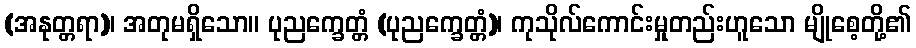
(အနုတ္တရာ)၊ အတုမရှိသော။ ပုညက္ခေတ္တံ (ပုညက္ခေတ္တံ)၊ ကုသိုလ်ကောင်းမှုတည်းဟူသော မျိုစေ့တို့၏